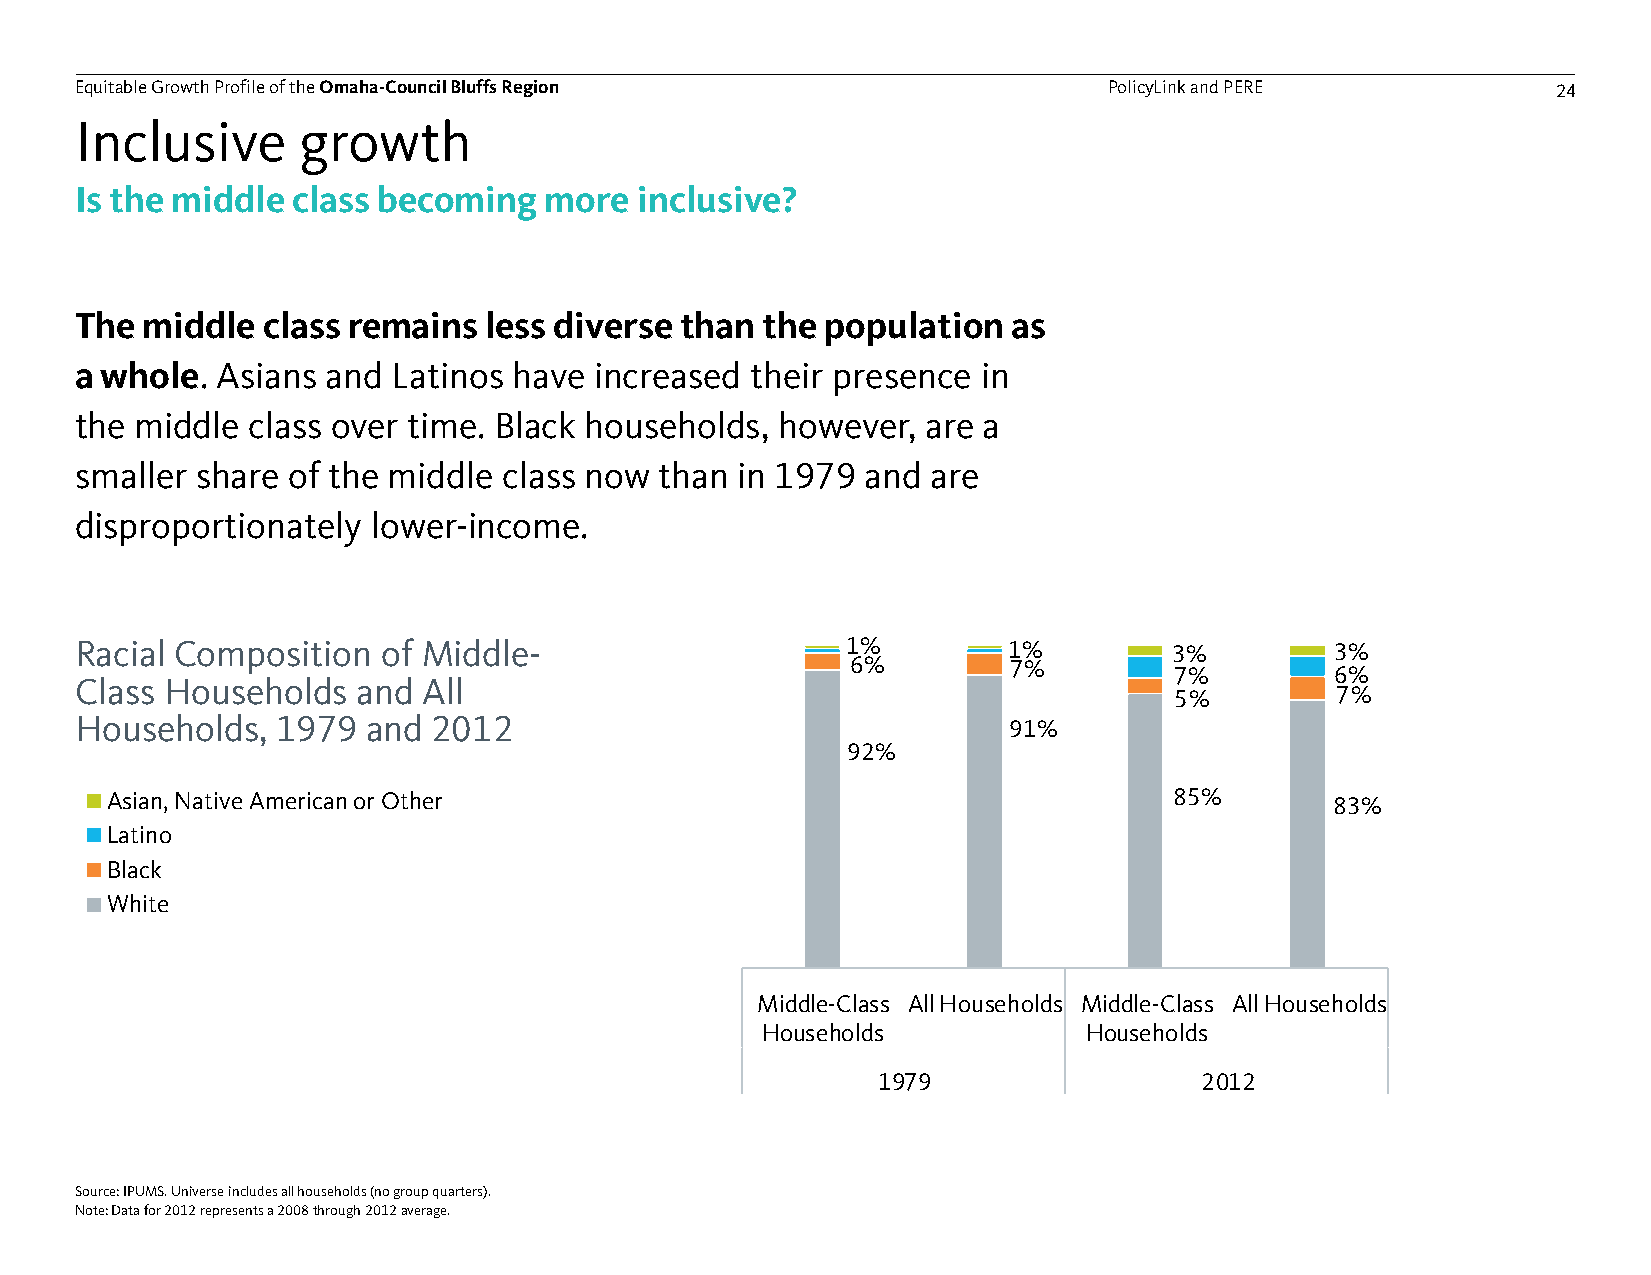
Equitable Growth Profile of theOmaha-Council Bluffs Region          PolicyLink and PERE           24
 Inclusive      growth
 Is the middle class becoming   more  inclusive?
 The middle  class remains  less diverse than the  population  as
 a whole. Asians  and Latinos have increased  their presence in
 the middle class over time. Black households, however,  are a
 smaller share of the middle class now  than in 1979 and  are
 disproportionately  lower-income.
 Racial Composition  of Middle-                     1%         1%         3%        3%
 6%         7%
 7%        6%
 Class Households   and All
 5%        7%
 Households,  1979  and  2012                                  91%
 92%
 Asian, Native American or Other                                        85%       83%
 Latino
 Black
 White
 Middle-Class All Households Middle-Class All Households
 Households            Households
 1%          3%           5%
 1979                 2012
 0%
 1%           1%          2%
 3%
 15%          17%
 18%
 20%
 Source: IPUMS. Universe includes all households (no group quarters).
 Note: Data for 2012 represents a 2008 through 2012 average.
 84%
 82%
 78%
 72%
 1979         1989        1999       2006-2010